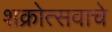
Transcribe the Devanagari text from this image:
शक्रोत्सवाचे